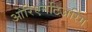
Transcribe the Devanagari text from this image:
ओरिएनटिअरिंग